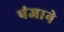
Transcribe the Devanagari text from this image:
पंजाने